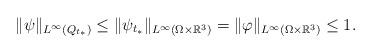
LaTeX: \begin{align*} \|\psi\|_{L^\infty(Q_{t_*})} \leq \|\psi_{t_*}\|_{L^\infty(\Omega\times\mathbb{R}^3)} = \|\varphi\|_{L^\infty(\Omega\times\mathbb{R}^3)} \leq 1. \end{align*}